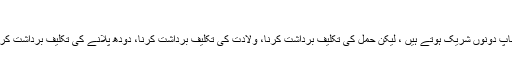
(بخاری و مسلم)
بچوں کی پرورش میں ماں اور باپ دونوں شریک ہوتے ہیں ، لیکن حمل کی تکلیف برداشت کرنا، ولادت کی تکلیف برداشت کرنا، دودھ پلانے کی تکلیف برداشت کرنا، ان میں باپ شریک نہیں ہوتا۔